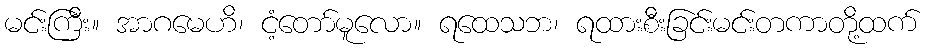
မင်းကြီး။ အာဂမေဟိ၊ ငံ့တော်မူလော။ ရထေသဘ၊ ရထားစီးခြင်းမင်းတကာတို့ထက်